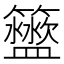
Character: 𥷟